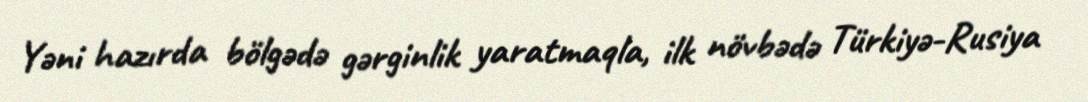
Yəni hazırda bölgədə gərginlik yaratmaqla, ilk növbədə Türkiyə-Rusiya